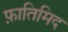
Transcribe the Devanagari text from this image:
फ़ातिमिद